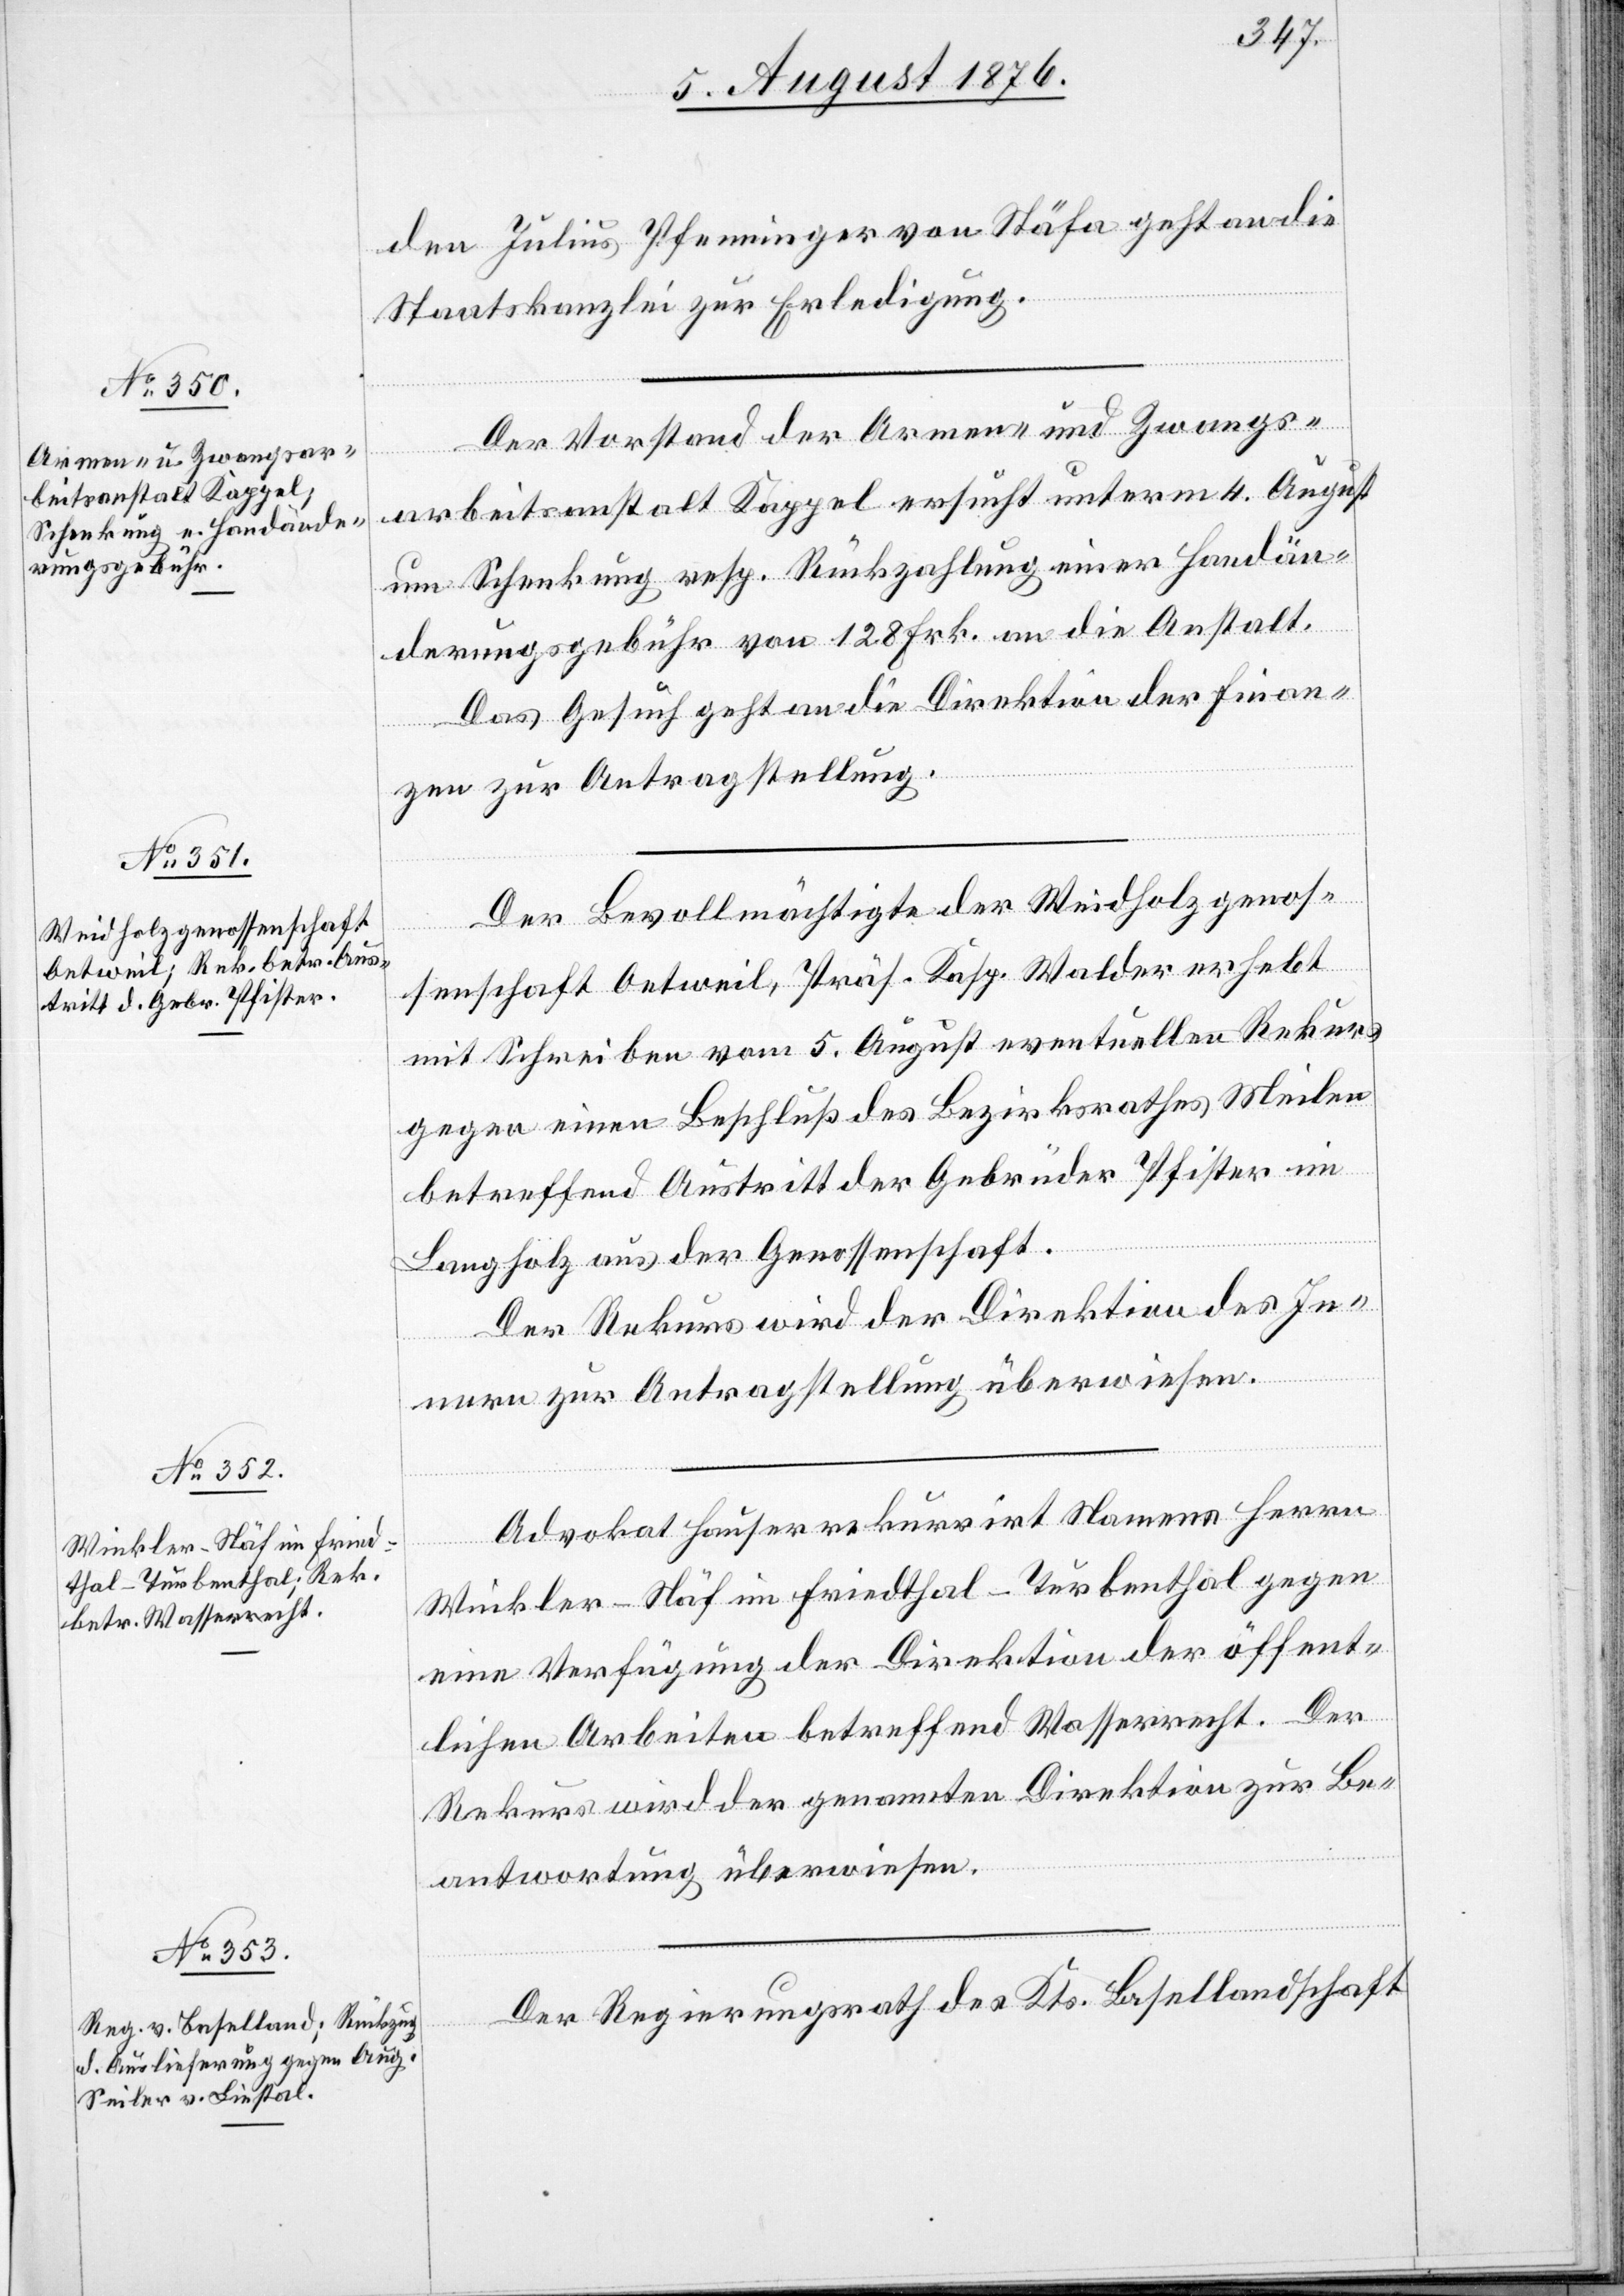
7. August 1876.]
den Julius Pfenninger von Stäfa geht an die
Staatskanzlei zur Erledigung.
Der Vorstand der Armen- und Zwangs¬
[Präsidial-Verfügungen
arbeitsanstalt Kappel ersucht unterm 4. August
um Schenkung resp. Rückzahlung einer Handän¬
derungsgebühr von 128 Frk. an die Anstalt.
Das Gesuch geht an die Direktion der Finan¬
zen zur Antragstellung.
Der Bevollmächtigte der Weidholzgenos¬
senschaft Oetweil, Präs. Kasp. Walder erhebt
mit Schreiben vom 5. August eventuellen Rekurs
gegen einen Beschluß des Bezirksrathes Meilen
betreffend Austritt der Gebrüder Pfister im
Langholz aus der Genossenschaft.
Der Rekurs wird der Direktion des In¬
nern zur Antragstellung überwiesen.
Advokat Hauser rekurrirt Namens Herrn
Winkler-Näf im Friedthal - Turbenthal gegen
eine Verfügung der Direktion der öffent¬
lichen Arbeiten betreffend Wasserrecht. Der
Rekurs wird der genannten Direktion zur Be¬
antwortung überwiesen.
Der Regierungsrath des Kts. Basellandschaft